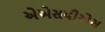
એએસપીએસ